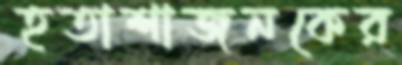
হতাশাজনকের